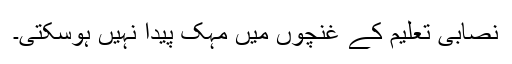
نصابی تعلیم کے غنچوں میں مہک پیدا نہیں ہوسکتی۔